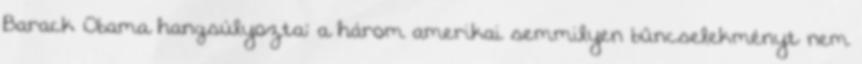
Barack Obama hangsúlyozta: a három amerikai semmilyen bűncselekményt nem